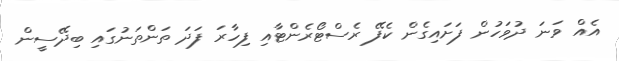
އެއް ވަނަ ދުވަހުން ފަށައިގެން ކެފޭ ރެސްޓޯރެންޓާއި ފިހާރަ ފަދަ ތަންތަނުގައި ބިދޭސީން